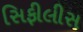
સિફીલીસ